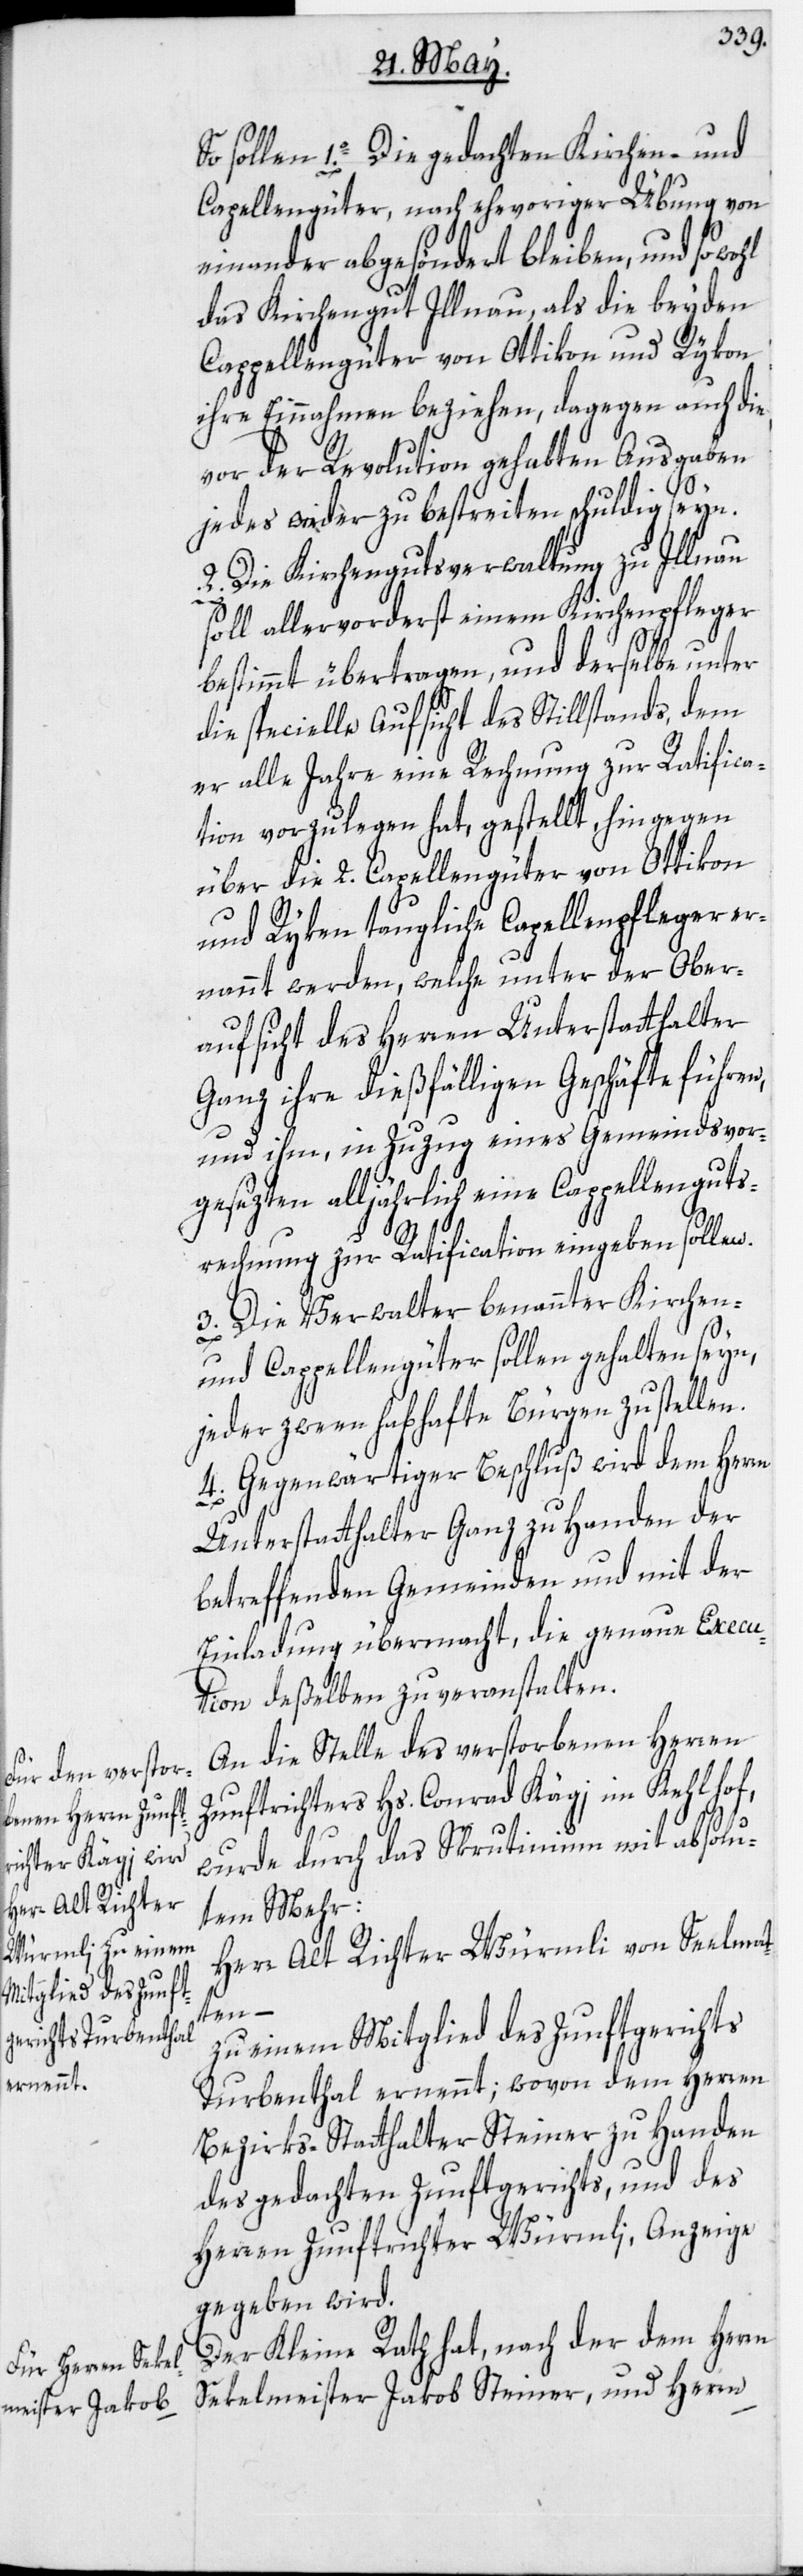
1o. Die gedachten Kirchen- und
Capellengüter, nach ehevoriger Übung von
einander abgesöndert bleiben, und sowohl
das Kirchengut Illnau, als die beyden
Cappellengüter von Ottikon und Rykon
ihre Einnahmen beziehen, dagegen auch die
vor der Revolution gehabten Ausgaben
jedes wieder zu bestreiten schuldig seyn.
2. Die Kirchengutsverwaltung zu Illnau
soll allervorderst einem Kirchenpfleger
bestimmt übertragen, und derselbe unter
die specielle Aufsicht des Stillstands, dem
er alle Jahre eine Rechnung zur Ratifica¬
tion vorzulegen hat, gestellt, hingegen
über die 2. Capellengüter von Ottikon
und Ryken taugliche Capellenpfleger er¬
nannt werden, welche unter der Ober¬
aufsicht des Herren Unterstatthalter
Ganz ihre dießfälligen Geschäfte führen,
und ihm, in Zuzug eines Gemeindsvor¬
gesezten alljährlich eine Cappellenguts¬
rechnung zur Ratification eingeben sollen.
3. Die Verwalter benannter Kirchen-
und Cappellengüter sollen gehalten seyn,
jeder zween habhafte Bürgen zu stellen.
4. Gegenwärtiger Beschluß wird dem Herr¬
Unterstatthalter Ganz zu Handen der
betreffenden Gemeinden und mit der
Einladung übermacht, die genaue Execu¬
tion deßelben zu veranstalten.
An die Stelle des verstorbenen Herren
Zunftrichters Hs. Conrad Kägi im Kehlhof,
wurde durch das Skrutinium mit absolu¬
tem Mehr:
Herr Alt Richter Würmli von Seelmat¬
ten –
zu einem Mitglied des Zunftgerichts
Turbenthal ernennt; wovon dem Herren
Bezirks-Statthalter Steiner zu Handen
des gedachten Zunftgerichts, und des
Herren Zunftrichter Würmli, Anzeige
gegeben wird.
Der Kleine Rath hat, nach der dem Herrn
Sekelmeister Jakob Steiner, und Herrn